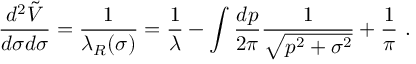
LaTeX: { \frac { d ^ { 2 } \tilde { V } } { d \sigma d \sigma } } = { \frac { 1 } { \lambda _ { R } ( \sigma ) } } = { \frac { 1 } { \lambda } } - \int { \frac { d p } { 2 \pi } } { \frac { 1 } { \sqrt { p ^ { 2 } + \sigma ^ { 2 } } } } + { \frac { 1 } { \pi } } ~ .